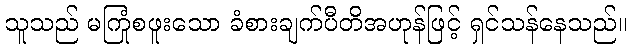
သူသည် မကြုံစဖူးသော ခံစားချက်ပီတိအဟုန်ဖြင့် ရှင်သန်နေသည်။